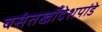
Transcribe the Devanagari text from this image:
वसंतखाँदेशपांडे